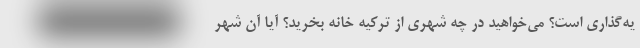
یه‌گذاری است؟ می‌خواهید در چه شهری از ترکیه خانه بخرید؟ آیا آن شهر